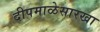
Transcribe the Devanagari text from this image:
दीपमाळेसारखा